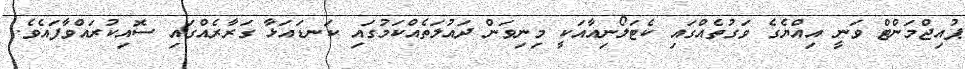
ޕުއިޖްމަންޓް ވަނީ އިއްޔެގެ ވަގުތެއްގައި ކެޓަލޯނިއާއަކީ މިނިވަން ދައުލަތެއްކަމުގައި ކަނޑައަޅާ ގަރާރެއްގައި ސޮއިކުރައްވާފައެވެ.